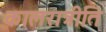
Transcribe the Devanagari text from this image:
कालरात्रीति